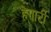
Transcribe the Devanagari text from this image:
हेगार्टी